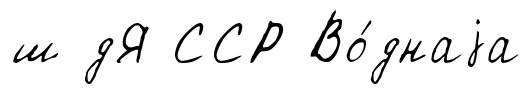
ш дЯ ССР Во́днаjа